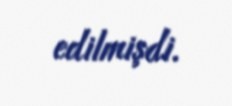
edilmişdi.